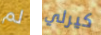
لم كيرلي